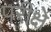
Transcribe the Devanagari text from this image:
परीक्षे